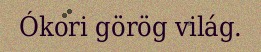
Ókori görög világ.